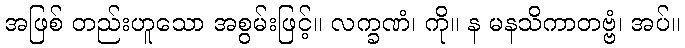
အဖြစ် တည်းဟူသော အစွမ်းဖြင့်။ လက္ခဏံ၊ ကို။ န မနသိကာတဗ္ဗံ၊ အပ်။